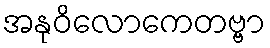
အနုဝိလောကေတဗ္ဗာ